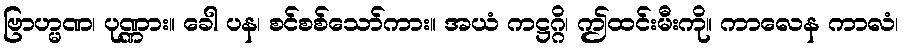
ဗြာဟ္မဏ၊ ပုဏ္ဏား။ ခေါ ပန၊ စင်စစ်သော်ကား။ အယံ ကဋ္ဌဂ္ဂိ၊ ဤထင်းမီးကို။ ကာလေန ကာလံ၊